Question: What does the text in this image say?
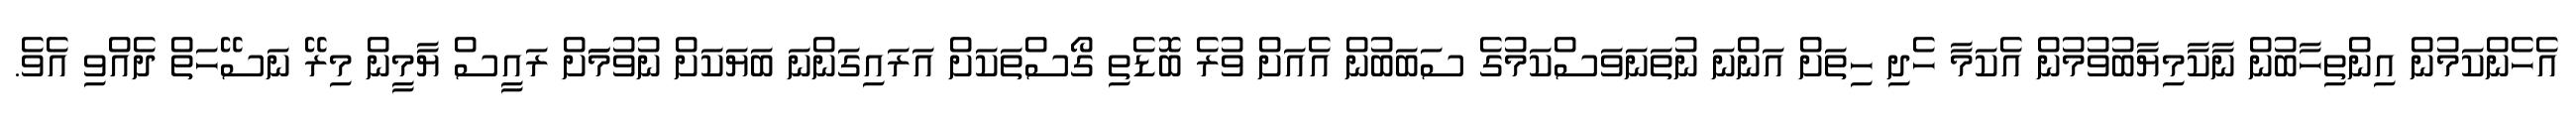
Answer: އެހެންކަމުން އިންތިހާބުން ނާކާމިޔާބުވުމުން އެކަމާ ހެދި ހިތަށް އަންނަ ނުތަނަވަސްކަމުގެ ސަބަބުން އެއަށް ވުރެ ބޮޑެތި ގޯސްތަކަށް އަރައިގަންނަ ބަޔަކަށް ނުވުމަަށް ރައީސް ޔާމީން މިރޭ ނަސޭހަތް ދެއްވި އެވެ.